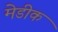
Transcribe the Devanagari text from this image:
मेडीक